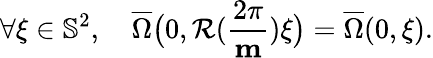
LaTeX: \forall\xi\in\mathbb{S}^{2},\quad\overline{{\Omega}}\big(0,\mathcal{R}(\frac{2\pi}{\mathbf{m}})\xi\big)=\overline{{\Omega}}(0,\xi).